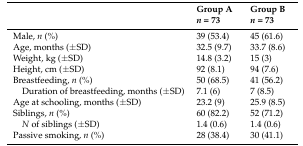
|  | Group A n = 73 | Group B n = 73 |
 | --- | --- | --- |
 | Male, n (%) | 39 (53.4) | 45 (61.6) |
 | Age, months (±SD) | 32.5 (9.7) | 33.7 (8.6) |
 | Weight, kg (±SD) | 14.8 (3.2) | 15 (3) |
 | Height, cm (±SD) | 92 (8.1) | 94 (7.6) |
 | Breastfeeding, n (%) | 50 (68.5) | 41 (56.2) |
 | Duration of breastfeeding, months (±SD) | 7.1 (6) | 7 (8.5) |
 | Age at schooling, months (±SD) | 23.2 (9) | 25.9 (8.5) |
 | Siblings, n (%) | 60 (82.2) | 52 (71.2) |
 | N of siblings (±SD) | 1.4 (0.6) | 1.4 (0.6) |
 | Passive smoking, n (%) | 28 (38.4) | 30 (41.1) |